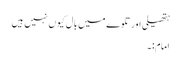
ہتھیلی اور تلوے میں بال کیوں نہیں ہیں
امام:۔